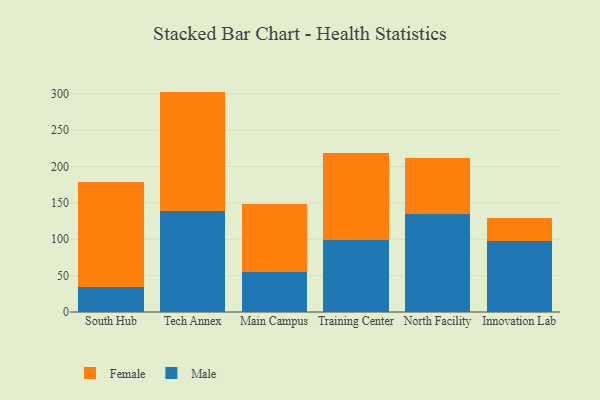
{"axis": {"x": "Campus", "y": "Revenue (USD Million)"}, "legend": ["Female", "Male"], "data": [{"x": "South Hub", "y": 34.4, "type": "Male"}, {"x": "South Hub", "y": 144.6, "type": "Female"}, {"x": "Tech Annex", "y": 139.5, "type": "Male"}, {"x": "Tech Annex", "y": 163.5, "type": "Female"}, {"x": "Main Campus", "y": 55.5, "type": "Male"}, {"x": "Main Campus", "y": 93.6, "type": "Female"}, {"x": "Training Center", "y": 99.1, "type": "Male"}, {"x": "Training Center", "y": 119.9, "type": "Female"}, {"x": "North Facility", "y": 134.8, "type": "Male"}, {"x": "North Facility", "y": 77.6, "type": "Female"}, {"x": "Innovation Lab", "y": 98.3, "type": "Male"}, {"x": "Innovation Lab", "y": 30.5, "type": "Female"}]}